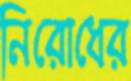
নিরোধের